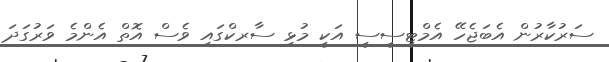
ސަރުކާރުން އެބަޖެހޭ އެމްޓީސީސީ އަކީ މުޅި ސާރކްގައި ވެސް އޮތް އެންމެ ވަރުގަދަ